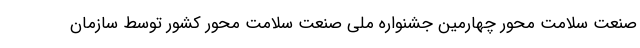
صنعت سلامت محور چهارمین جشنواره ملی صنعت سلامت محور کشور توسط سازمان